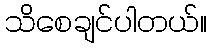
သိစေချင်ပါတယ်။